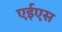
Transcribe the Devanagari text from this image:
एईएस